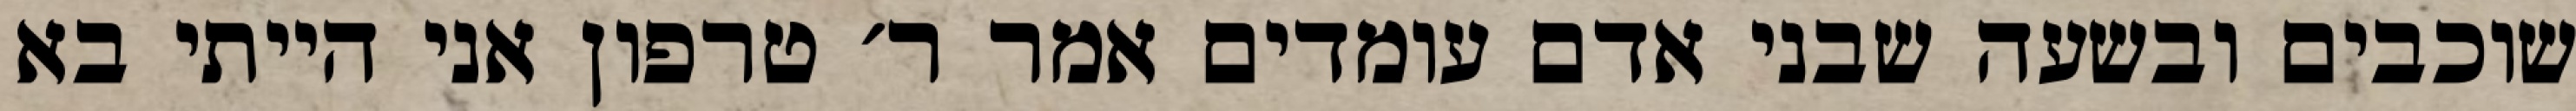
שוכבים ובשעה שבני אדם עומדים אמר ר׳ טרפון אני הייתי בא